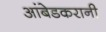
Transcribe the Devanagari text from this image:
आंबेडकरानी